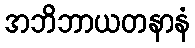
အဘိဘာယတနာနံ